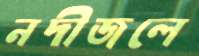
নদীজলে